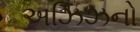
અઝિઝનો